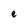
Character: e